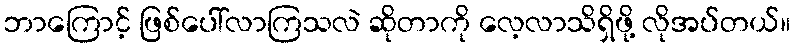
ဘာကြောင့် ဖြစ်ပေါ်လာကြသလဲ ဆိုတာကို လေ့လာသိရှိဖို့ လိုအပ်တယ်။